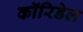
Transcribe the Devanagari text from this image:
कॉरिडेल